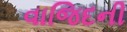
વાજિદની